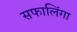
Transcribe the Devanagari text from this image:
सफालिंगा